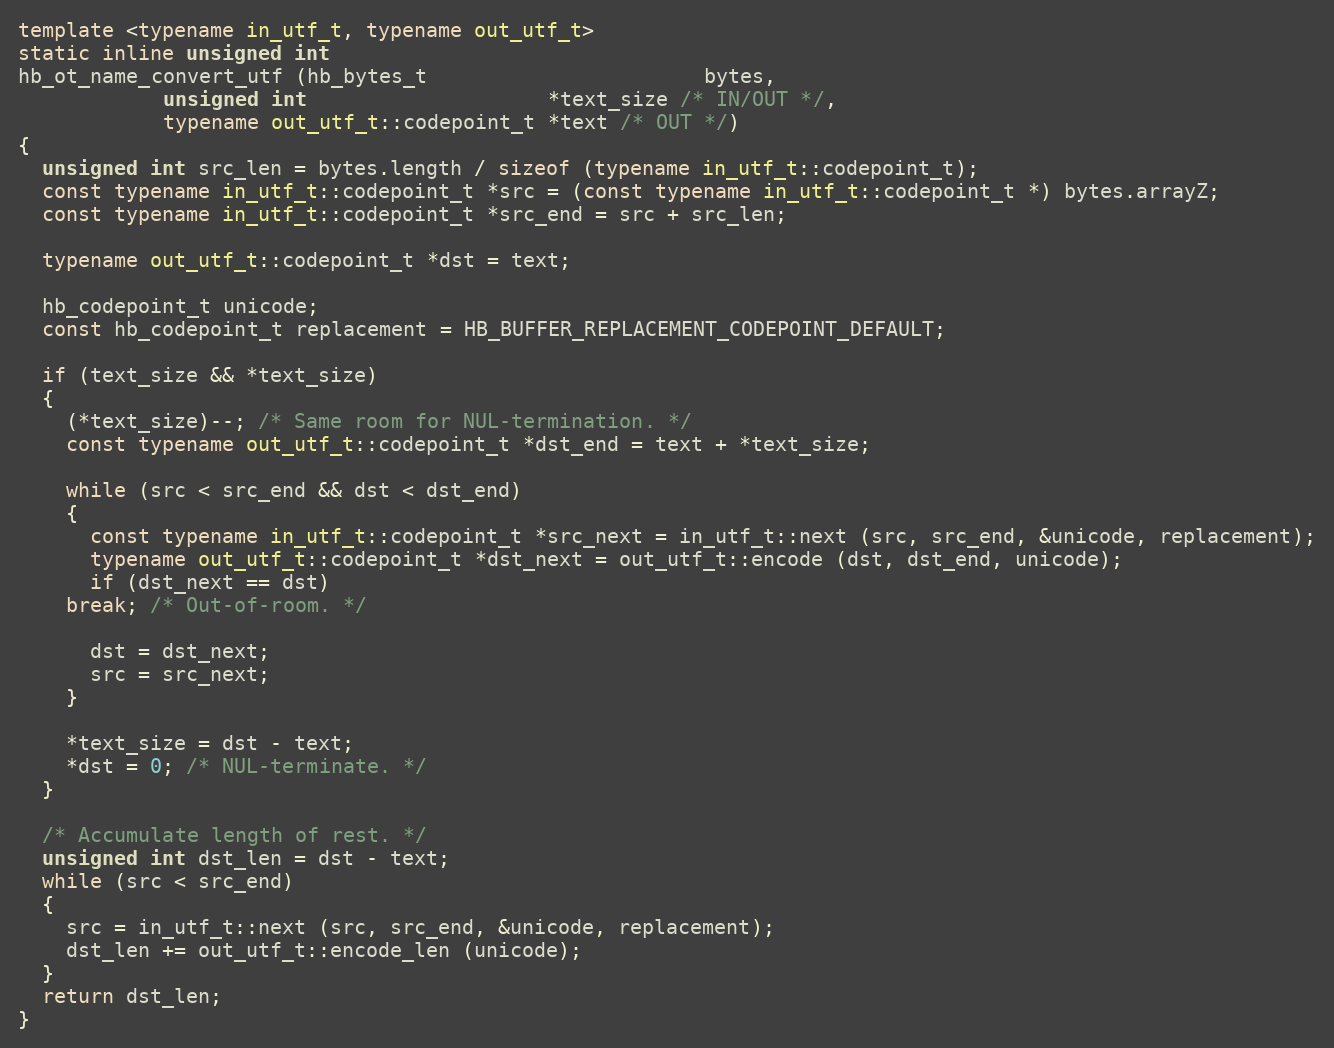
Language: C++
template <typename in_utf_t, typename out_utf_t>
static inline unsigned int
hb_ot_name_convert_utf (hb_bytes_t                       bytes,
			unsigned int                    *text_size /* IN/OUT */,
			typename out_utf_t::codepoint_t *text /* OUT */)
{
  unsigned int src_len = bytes.length / sizeof (typename in_utf_t::codepoint_t);
  const typename in_utf_t::codepoint_t *src = (const typename in_utf_t::codepoint_t *) bytes.arrayZ;
  const typename in_utf_t::codepoint_t *src_end = src + src_len;

  typename out_utf_t::codepoint_t *dst = text;

  hb_codepoint_t unicode;
  const hb_codepoint_t replacement = HB_BUFFER_REPLACEMENT_CODEPOINT_DEFAULT;

  if (text_size && *text_size)
  {
    (*text_size)--; /* Same room for NUL-termination. */
    const typename out_utf_t::codepoint_t *dst_end = text + *text_size;

    while (src < src_end && dst < dst_end)
    {
      const typename in_utf_t::codepoint_t *src_next = in_utf_t::next (src, src_end, &unicode, replacement);
      typename out_utf_t::codepoint_t *dst_next = out_utf_t::encode (dst, dst_end, unicode);
      if (dst_next == dst)
	break; /* Out-of-room. */

      dst = dst_next;
      src = src_next;
    }

    *text_size = dst - text;
    *dst = 0; /* NUL-terminate. */
  }

  /* Accumulate length of rest. */
  unsigned int dst_len = dst - text;
  while (src < src_end)
  {
    src = in_utf_t::next (src, src_end, &unicode, replacement);
    dst_len += out_utf_t::encode_len (unicode);
  }
  return dst_len;
}